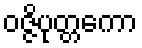
ဝဇ္ဇိပုတ္တကော